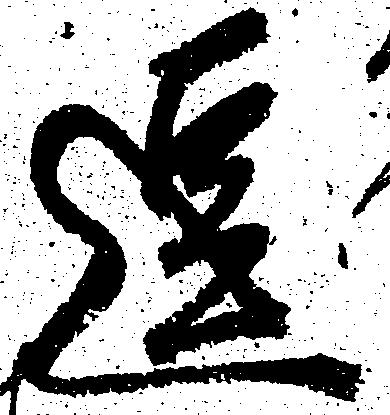
逗